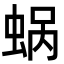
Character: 蜗